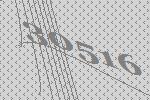
30516